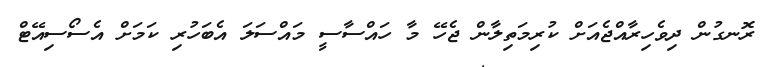
ރޮނގުން ދިވެހިރާއްޖެއަށް ކުރިމަތިލާން ޖެހޭ މާ ހައްސާސީ މައްސަލަ އެބަހުރި ކަމަށް އެސޯސިއޭޓް